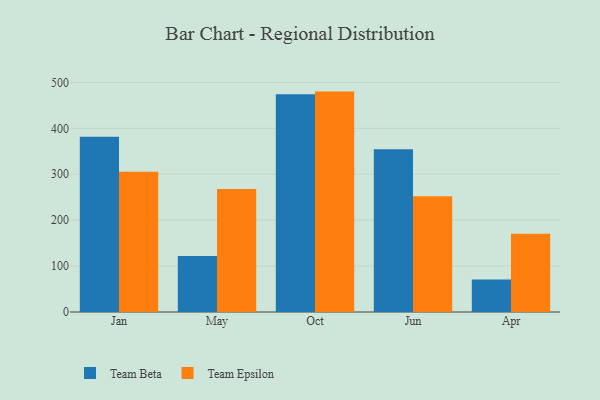
{"axis": {"x": "Month", "y": "Tickets Resolved"}, "legend": ["Team Beta", "Team Epsilon"], "data": [{"x": "Jan", "y": 381.6, "type": "Team Beta"}, {"x": "Jan", "y": 305.3, "type": "Team Epsilon"}, {"x": "May", "y": 121.8, "type": "Team Beta"}, {"x": "May", "y": 268.0, "type": "Team Epsilon"}, {"x": "Oct", "y": 474.2, "type": "Team Beta"}, {"x": "Oct", "y": 479.9, "type": "Team Epsilon"}, {"x": "Jun", "y": 354.2, "type": "Team Beta"}, {"x": "Jun", "y": 252.1, "type": "Team Epsilon"}, {"x": "Apr", "y": 70.5, "type": "Team Beta"}, {"x": "Apr", "y": 170.3, "type": "Team Epsilon"}]}